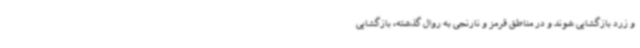
و زرد بازگشایی شوند و در مناطق قرمز و نارنجی به روال گذشته، بازگشایی